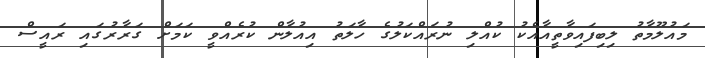
މައުލޫމާތު ލިބިފައިވާތީއާއެކު ކުއްލި ނުރައްކަލުގެ ހާލަތު އިއުލާން ކުރެއްވީ ކަމަށް ގަރާރުގައި ރައީސް